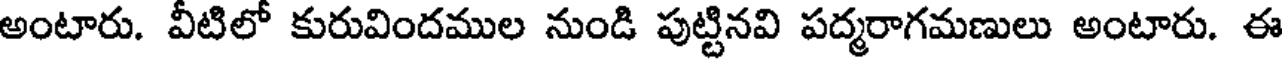
అంటారు. వీటిలో కురువిందముల నుండి పుట్టినవి పద్మరాగమణులు అంటారు. ఈ